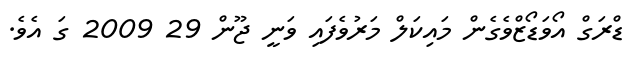
ޑްރަގް އޯވަޑޯޒްވެގެން މައިކަލް މަރުވެފައި ވަނީ ޖޫން 29 2009 ގަ އެވެ.